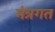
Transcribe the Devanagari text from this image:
मंत्रगत